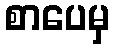
စာပေမှ